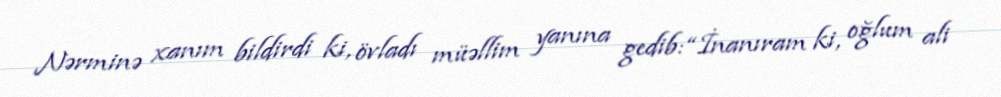
Nərminə xanım bildirdi ki, övladı müəllim yanına gedib: “İnanıram ki, oğlum ali